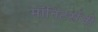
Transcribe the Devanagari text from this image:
मॉनिटर्सनी